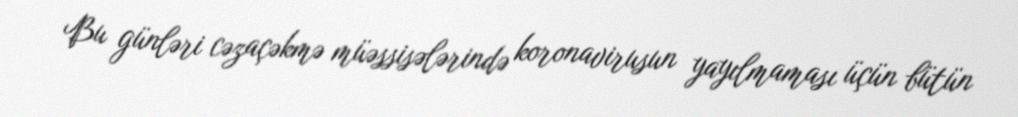
Bu günləri cəzaçəkmə müəssisələrində koronavirusun yayılmaması üçün bütün